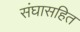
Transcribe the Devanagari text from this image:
संघासहित